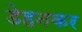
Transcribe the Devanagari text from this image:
डेहनकर